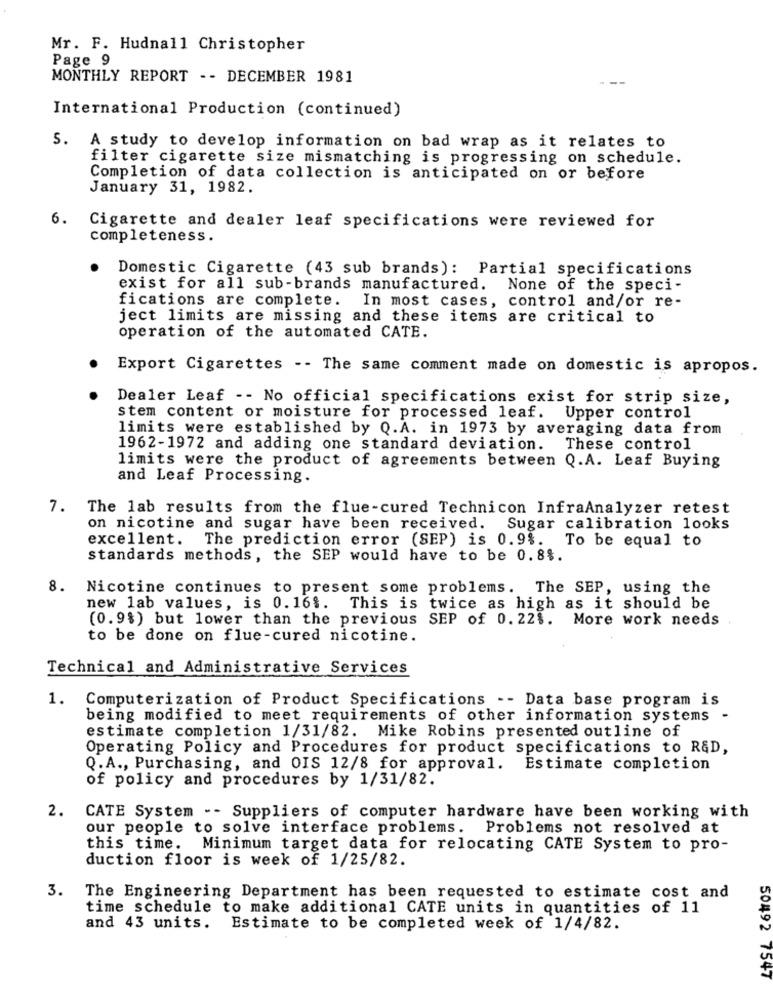
Mr. F. Hudnall Christopher
Page 9
MONTHLY REPORT -- DECEMBER 1981
International Production (continued)
5.
A study to develop information on bad wrap as it relates to
filter cigarette size mismatching is progressing on schedule.
Completion of data collection is anticipated on or before
January 31, 1982.
6.
Cigarette and dealer leaf specifications were reviewed for
completeness.
Domestic Cigarette (43 sub brands): Partial specifications
exist for all sub-brands manufactured. None of the speci-
fications are complete. In most cases, control and/or re-
ject limits are missing and these items are critical to
operation of the automated CATE.
Export Cigarettes -- The same comment made on domestic is apropos.
Dealer Leaf -- No official specifications exist for strip size,
stem content or moisture for processed leaf. Upper control
limits were established by Q.A. in 1973 by averaging data from
1962-1972 and adding one standard deviation. These control
limits were the product of agreements between Q.A. Leaf Buying
and Leaf Processing.
7.
The lab results from the flue-cured Technicon InfraAnalyzer retest
on nicotine and sugar have been received. Sugar calibration looks
excellent.
The prediction error (SEP) is 0.91.
To be equal to
standards methods, the SEP would have to be 0.8%.
8. Nicotine continues to present some problems. The SEP, using the
new lab values, is 0.16%. This is twice as high as it should be
(0.9%) but lower than the previous SEP of 0. 22%. More work needs
to be done on flue-cured nicotine.
Technical and Administrative Services
1.
Computerization of Product Specifications -- Data base program is
being modified to meet requirements of other information systems -
estimate completion 1/31/82. Mike Robins presented outline of
Operating Policy and Procedures for product specifications to R&D,
Q.A ., Purchasing, and OIS 12/8 for approval. Estimate completion
of policy and procedures by 1/31/82.
2.
CATE System - - Suppliers of computer hardware have been working with
our people to solve interface problems. Problems not resolved at
this time. Minimum target data for relocating CATE System to pro-
duction floor is week of 1/25/82.
3. The Engineering Department has been requested to estimate cost and
time schedule to make additional CATE units in quantities of 11
and 43 units. Estimate to be completed week of 1/4/82.
50492 7547